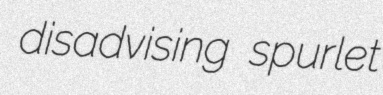
disadvising spurlet